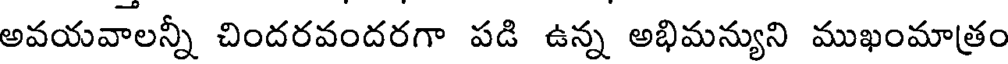
అవయవాలన్నీ చిందరవందరగా పడి ఉన్న అభిమన్యుని ముఖంమాత్రం